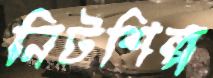
নিটশিল্প